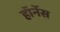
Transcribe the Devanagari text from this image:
हॉर्नेस